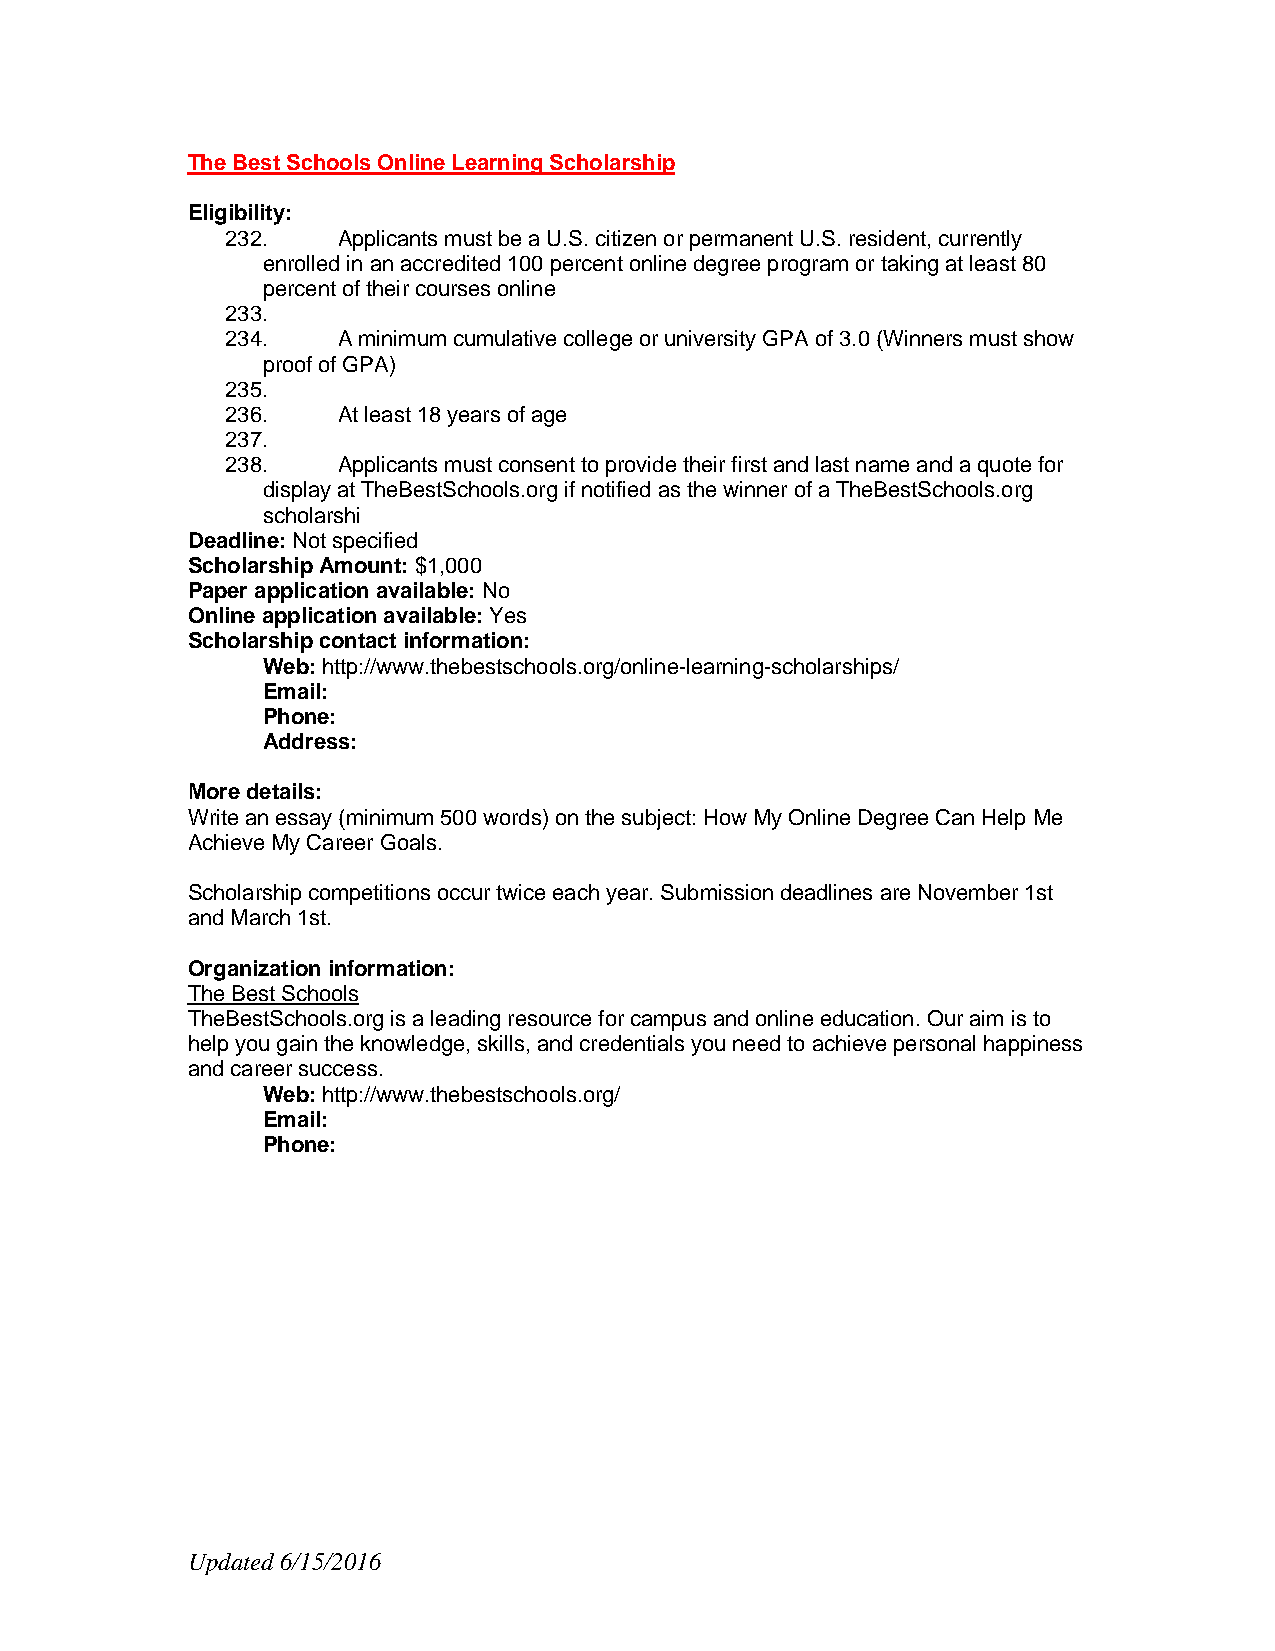
The Best Schools Online Learning Scholarship
 Eligibility:
 232.   Applicants must be a U.S. citizen or permanent U.S. resident, currently
 enrolled in an accredited 100 percent online degree program or taking at least 80
 percent of their courses online
 233.
 234.   A minimum cumulative college or university GPA of 3.0 (Winners must show
 proof of GPA)
 235.
 236.   At least 18 years of age
 237.
 238.   Applicants must consent to provide their first and last name and a quote for
 display at TheBestSchools.org if notified as the winner of a TheBestSchools.org
 scholarshi
 Deadline: Not specified
 Scholarship Amount: $1,000
 Paper application available: No
 Online application available: Yes
 Scholarship contact information:
 Web: http://www.thebestschools.org/online-learning-scholarships/
 Email:
 Phone:
 Address:
 More details:
 Write an essay (minimum 500 words) on the subject: How My Online Degree Can Help Me
 Achieve My Career Goals.
 Scholarship competitions occur twice each year. Submission deadlines are November 1st
 and March 1st.
 Organization information:
 The Best Schools
 TheBestSchools.org is a leading resource for campus and online education. Our aim is to
 help you gain the knowledge, skills, and credentials you need to achieve personal happiness
 and career success.
 Web: http://www.thebestschools.org/
 Email:
 Phone:
 Updated 6/15/2016